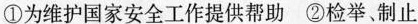
①为维护国家安全工作提供帮助 ②检举、制止